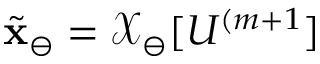
\tilde { \mathbf { x } } _ { \ominus } = \boldsymbol { \mathcal { X } } _ { \ominus } [ U ^ { ( m + 1 } ]